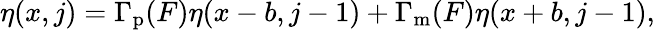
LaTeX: \begin{array}{r}{\eta(x,j)=\Gamma_{\mathrm{p}}(F)\eta(x-b,j-1)+\Gamma_{\mathrm{m}}(F)\eta(x+b,j-1),}\end{array}